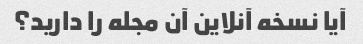
آیا نسخه آنلاین آن مجله را دارید؟